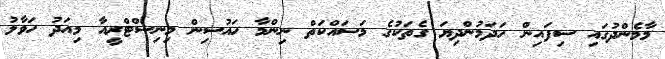
މާމެންދުގައި ސިފައިން ހަދަމުންދިޔަ ގެތަކުގެ މަސައްކަތް ނިންމާ ހައުސިން މިނިސްޓްރީއާ މިއަދު ހަވާލު